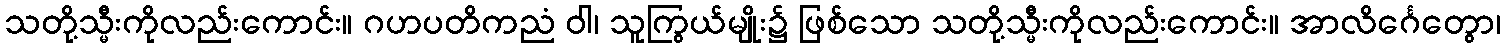
သတို့သ္မီးကိုလည်းကောင်း။ ဂဟပတိကညံ ဝါ၊ သူကြွယ်မျိုး၌ ဖြစ်သော သတို့သ္မီးကိုလည်းကောင်း။ အာလိင်္ဂေတွော၊